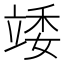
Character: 𥪍